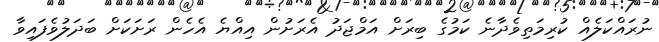
ނުރައްކަލެއް ކުރިމަތިވެދާނެ ކަމުގެ ބިރަށް އަމްޖަދު އެރަށުން އިއްޔެ އެހެން ރަށަކަށް ބަދަލުވެފައިވާ